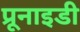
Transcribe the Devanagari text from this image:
प्रूनाइडी